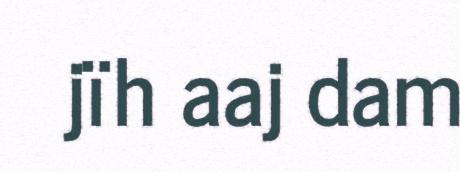
jïh aaj dam